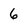
Character: 6